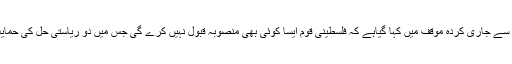
تحریک فتح کی طرف سے جاری کردہ موقف میں کہا گیاہے کہ فلسطینی قوم ایسا کوئی بھی منصوبہ قبول نہیں کرے گی جس میں دو ریاستی حل کی حمایت نہیں کی جائے گی۔